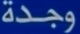
وجدة